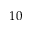
1 0